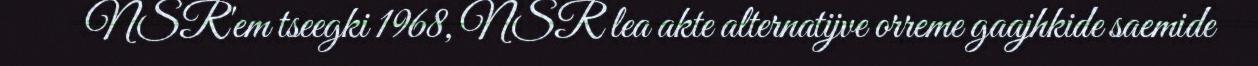
NSR'em tseegki 1968, NSR lea akte alternatijve orreme gaajhkide saemide